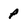
Character: p